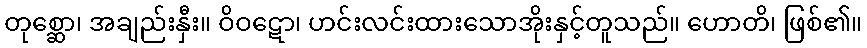
တုစ္ဆော၊ အချည်းနှီး။ ဝိဝဋော၊ ဟင်းလင်းထားသောအိုးနှင့်တူသည်။ ဟောတိ၊ ဖြစ်၏။